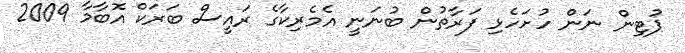
ޕުޓިން ނަން ހުށަހެޅި ފަރާތުން ބުނަނީ އެމެރިކާގެ ރައީސް ބަރަކް އޮބާމާ 2009